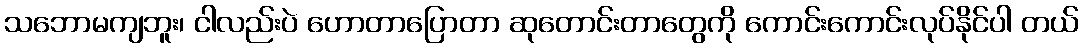
သဘောမကျဘူး၊ ငါလည်းပဲ ဟောတာပြောတာ ဆုတောင်းတာတွေကို ကောင်းကောင်းလုပ်နိုင်ပါ တယ်